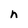
Character: n